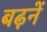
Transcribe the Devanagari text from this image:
बढ़नें